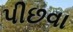
પીછવા